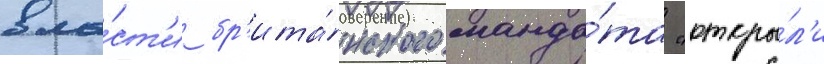
вла́ст'и бр'ита́нского манда́та "откры́л'и